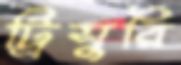
ট্রিসুরি